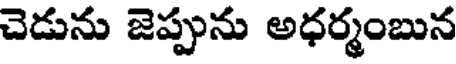
చెడును జెప్పును అధర్మంబున